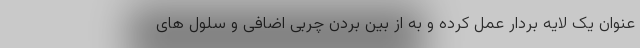
عنوان یک لایه بردار عمل کرده و به از بین بردن چربی اضافی و سلول های